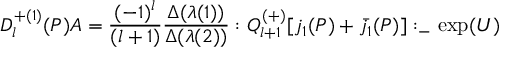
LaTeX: { \cal D } _ { l } ^ { + ( 1 ) } ( P ) { \cal A } = \frac { ( - 1 ) ^ { l } } { ( l + 1 ) } \frac { \Delta ( \lambda ( 1 ) ) } { \Delta ( \lambda ( 2 ) ) } : Q _ { l + 1 } ^ { ( + ) } [ j _ { 1 } ( P ) + \bar { j } _ { 1 } ( P ) ] : _ { - } \exp ( U )